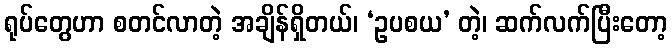
ရုပ်တွေဟာ စတင်လာတဲ့ အချိန်ရှိတယ်၊ ‘ဥပစယ’ တဲ့၊ ဆက်လက်ပြီးတော့